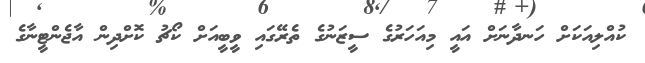
ކުއްލިއަކަށް ހަނދާނަށް އައީ މިއަހަރުގެ ސީޒަނުގެ ތެރޭގައި ވީބީއަށް ކޯޗު ކޮށްދިން އާޖެންޓީނާގެ